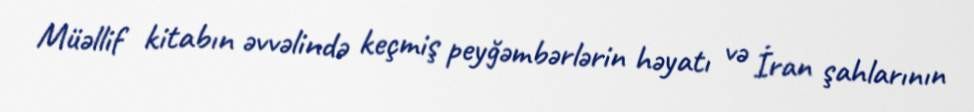
Müəllif kitabın əvvəlində keçmiş peyğəmbərlərin həyatı və İran şahlarının